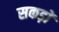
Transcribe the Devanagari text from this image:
सकड़ों